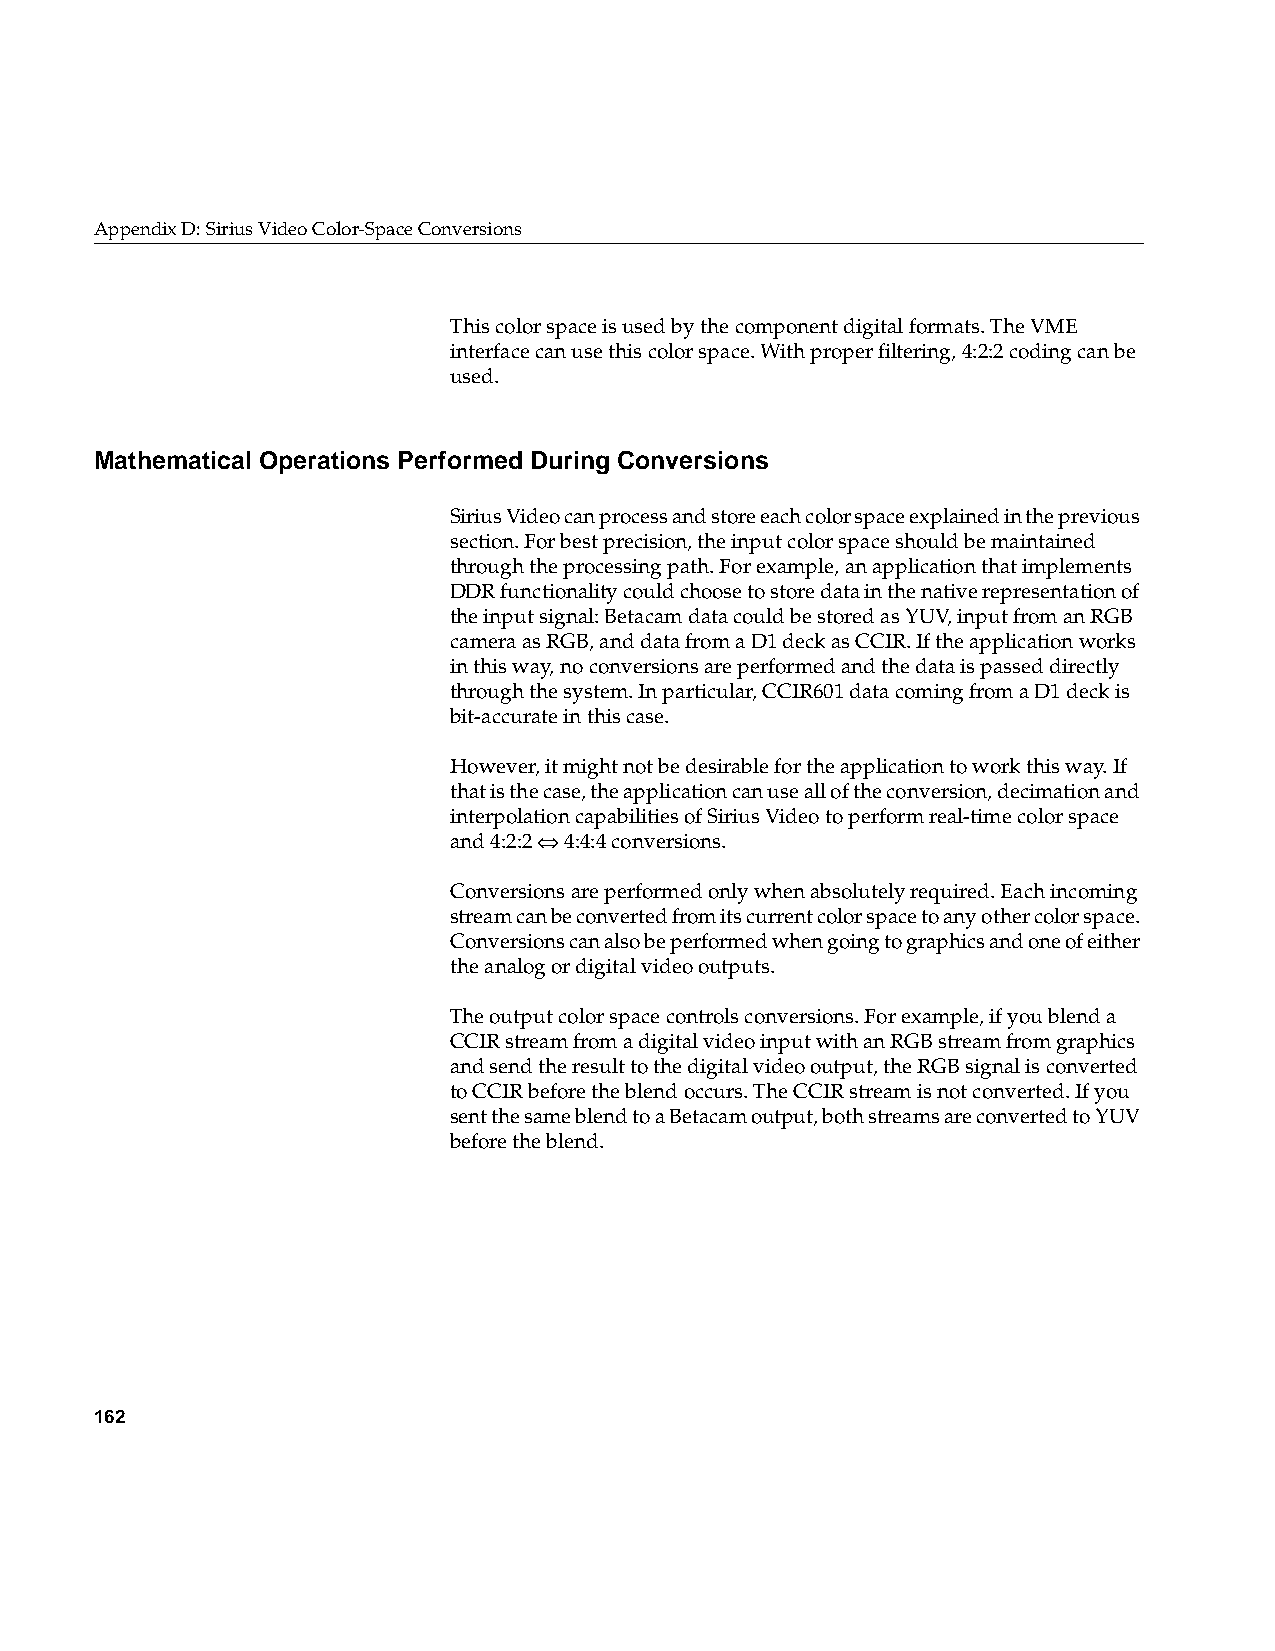
AppendixD: Sirius Video Color-Space Conversions
 This color space is used by the component digital formats. The VME
 interface can use this color space. With proper filtering, 4:2:2 coding can be
 used.
 Mathematical Operations Performed During Conversions
 Sirius Video can process and store each color space explained in the previous
 section. For best precision, the input color space should be maintained
 through the processing path. For example, an application that implements
 DDR functionality could choose to store data in the native representation of
 the input signal: Betacam data could be stored as YUV, input from an RGB
 camera as RGB, and data from a D1 deck as CCIR. If the application works
 in this way, no conversions are performed and the data is passed directly
 through the system. In particular, CCIR601 data coming from a D1 deck is
 bit-accurate in this case.
 However, it might not be desirable for the application to work this way. If
 that is the case, the application can use all of the conversion, decimation and
 interpolation capabilities of Sirius Video to perform real-time color space
 and 4:2:2 ⇔ 4:4:4 conversions.
 Conversions are performed only when absolutely required. Each incoming
 stream can be converted from its current color space to any other color space.
 Conversions can also be performed when going to graphics and one of either
 the analog or digital video outputs.
 The output color space controls conversions. For example, if you blend a
 CCIR stream from a digital video input with an RGB stream from graphics
 and send the result to the digital video output, the RGB signal is converted
 to CCIR before the blend occurs. The CCIR stream is not converted. If you
 sent the same blend to a Betacam output, both streams are converted to YUV
 before the blend.
 162